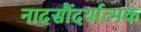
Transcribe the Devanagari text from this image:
नादसौंदर्यात्मक